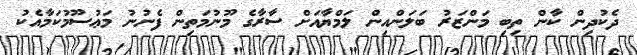
ދެކުދިން ކާން ތިބި މަންޒަރު ބަލަންއިން ލަމްޔާއަށް ސާރާގެ މޫނުމަތިން ފެނުނު މަޢުސޫމުކަމާއެކު